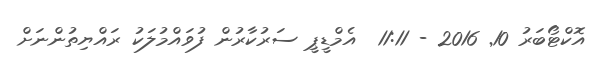
އޮކްޓޯބަރު 10